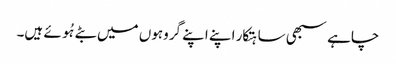
چاہے سبھی ساہتکار اپنے اپنے گروہوں میں بٹے ہُوئے ہیں۔